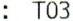
: T03